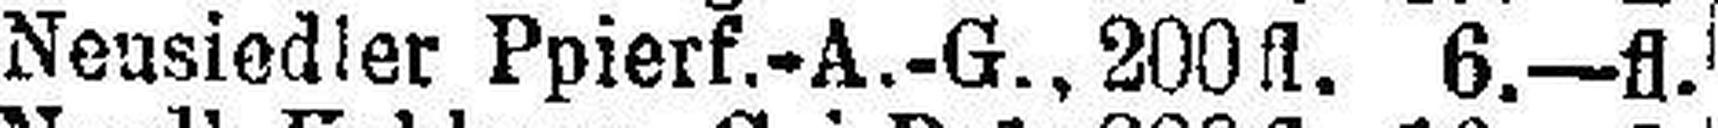
Neusiedler Ppierf.-A.-G., 200fl. 6.—fl.